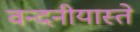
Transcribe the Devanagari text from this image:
वन्दनीयास्ते